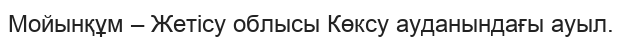
Мойынқұм – Жетісу облысы Көксу ауданындағы ауыл.